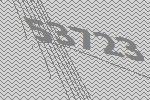
53723